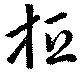
桓